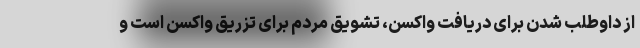
از داوطلب شدن برای دریافت واکسن، تشویق مردم برای تزریق واکسن است و